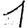
Digit: 1